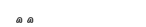
١٢